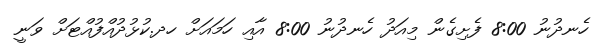
ހެނދުނު 8:00 ފެށިގެން މިއަދު ހެނދުނު 8:00 އާއި ހަމައަށް ހދ.ކުޅުދުއްފުއްޓަށް ވަނީ